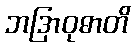
ဘဒြာဝုဓာတိ